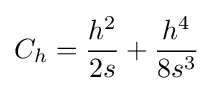
C_{h}={\frac {h^{2}}{2s}}+{\frac {h^{4}}{8s^{3}}}